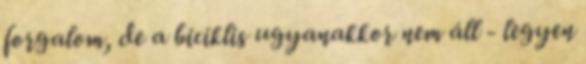
forgalom, de a biciklis ugyanakkor nem áll - legyen